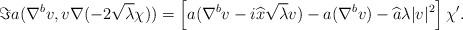
LaTeX: \begin{align*} \Im a(\nabla^{b} v,v \nabla (-2 \sqrt{\lambda}\chi)) = \left[ a(\nabla^{b}v-i \widehat{x} \sqrt{\lambda}v)- a(\nabla^{b}v)-\widehat{a}\lambda|v|^{2} \right] \chi'. \end{align*}